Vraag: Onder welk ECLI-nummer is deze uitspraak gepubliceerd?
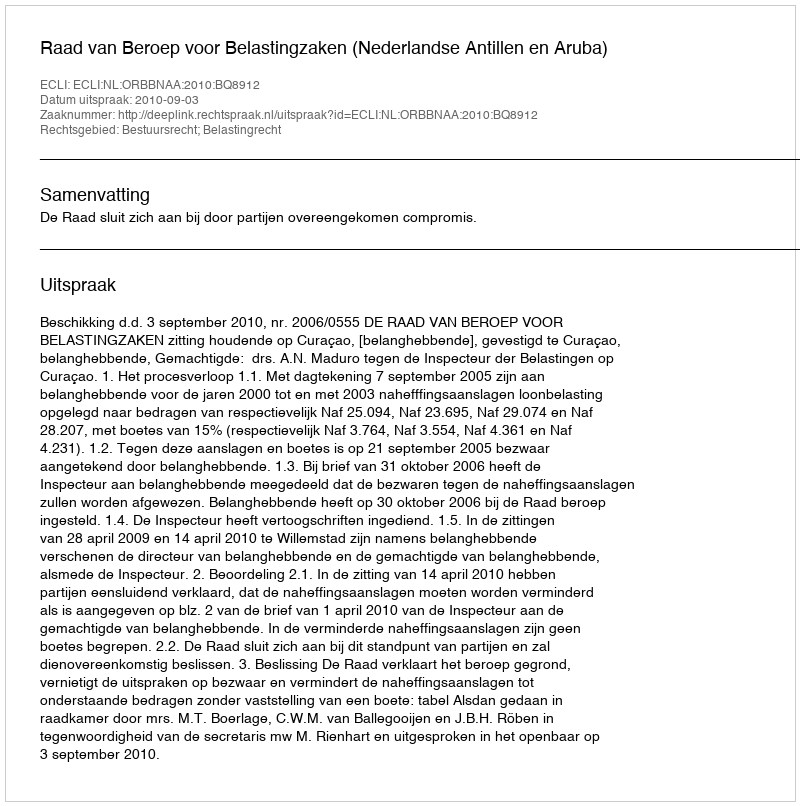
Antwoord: ECLI:NL:ORBBNAA:2010:BQ8912